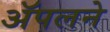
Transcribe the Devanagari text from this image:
ॲपलने